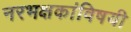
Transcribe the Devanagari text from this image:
नरभक्षकांविषयी